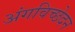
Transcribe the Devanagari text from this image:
अंगविच्छेदन